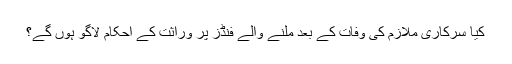
کیا سرکاری ملازم کی وفات کے بعد ملنے والے فنڈز پر وراثت کے احکام لاگو ہوں‌ گے؟